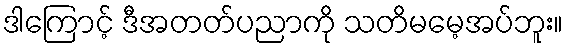
ဒါကြောင့် ဒီအတတ်ပညာကို သတိမမေ့အပ်ဘူး။